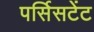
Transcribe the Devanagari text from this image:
पर्सिसटेंट